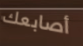
أصابعك